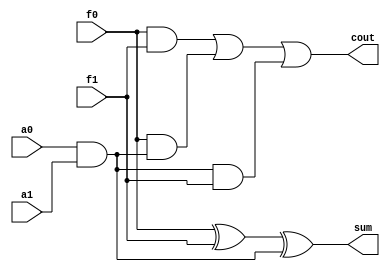
`timescale 1ns / 1ps
//////////////////////////////////////////////////////////////////////////////////
// Company: 
// Engineer: 
// 
// Design Name: 
// Module Name:    b 
// Project Name: 
// Target Devices: 
// Tool versions: 
// Description: 
//
// Dependencies: 
//
// Revision: 
// Revision 0.01 - File Created
// Additional Comments: 
//
//////////////////////////////////////////////////////////////////////////////////
module b(
    input a0,
    input a1,
    input f0,
    input f1,
    output sum,
    output cout
    );
wire cin;
and x(cin,a0,a1);

assign sum = (f0^f1)^cin;
assign cout = (f0&f1)|(f0&cin)|(cin&f1);


endmodule